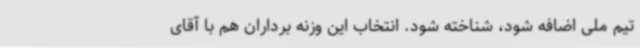
تیم ملی اضافه شود، شناخته شود. انتخاب این وزنه برداران هم با آقای